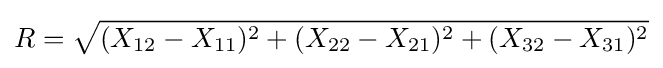
R={\sqrt {(X_{12}-X_{11})^{2}+(X_{22}-X_{21})^{2}+(X_{32}-X_{31})^{2}}}